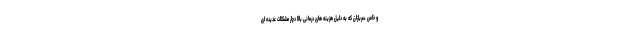
و خاص سربازان که به دلیل هزینه های درمانی بالا دچار مشکلات عدیده ای